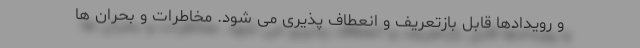
و رویدادها قابل بازتعریف و انعطاف پذیری می شود. مخاطرات و بحران ها